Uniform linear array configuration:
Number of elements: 16
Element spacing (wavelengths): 0.5
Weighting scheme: blackman
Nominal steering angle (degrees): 30
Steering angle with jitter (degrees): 29.057
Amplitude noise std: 0.05
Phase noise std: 0.05

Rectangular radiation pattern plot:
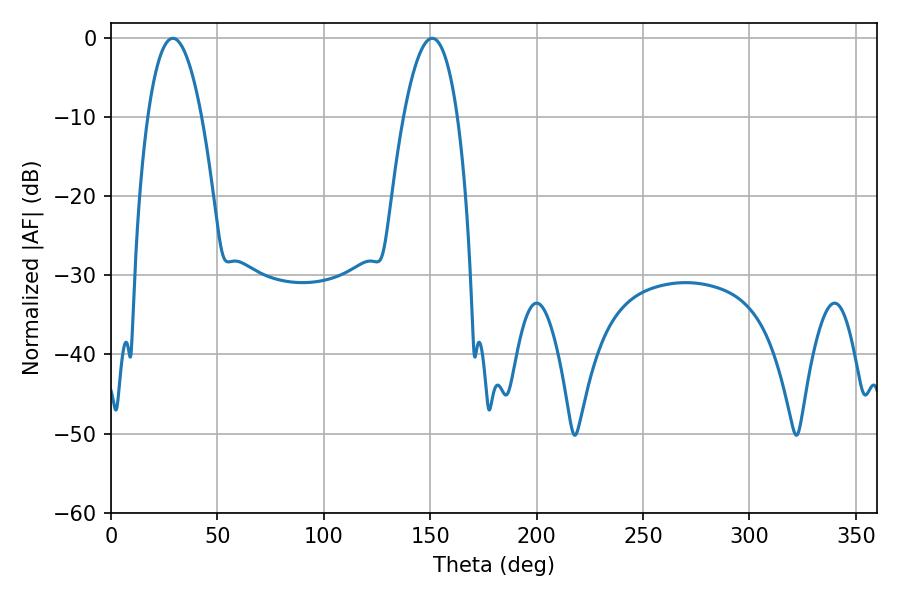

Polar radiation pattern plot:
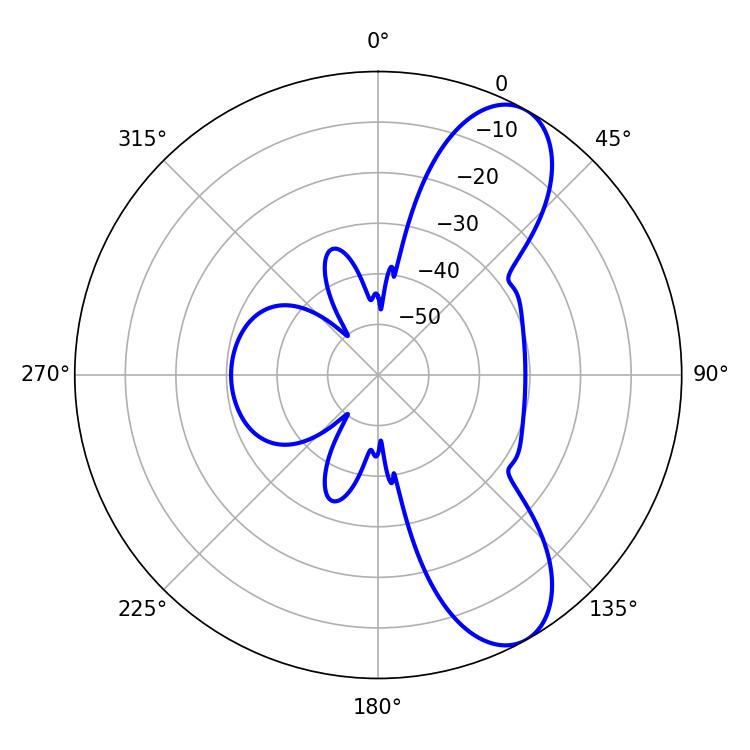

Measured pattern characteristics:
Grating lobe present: FALSE
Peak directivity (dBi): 8.908
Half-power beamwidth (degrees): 14.04
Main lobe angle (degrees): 29.16